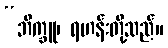
“ဘိက္ခူ၊ ရဟန်းတို့သည်။